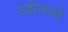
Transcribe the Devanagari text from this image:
उद्दोगाने